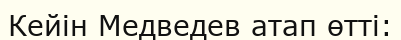
Кейін Медведев атап өтті: